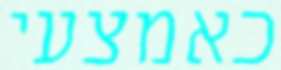
כאמצעי